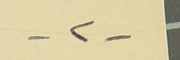
-٢-